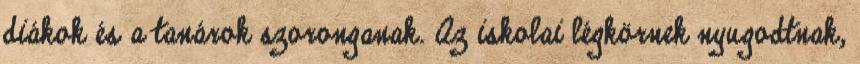
diákok és a tanárok szoronganak. Az iskolai légkörnek nyugodtnak,